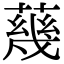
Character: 𦺬